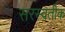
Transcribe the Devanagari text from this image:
सरस्वतीक